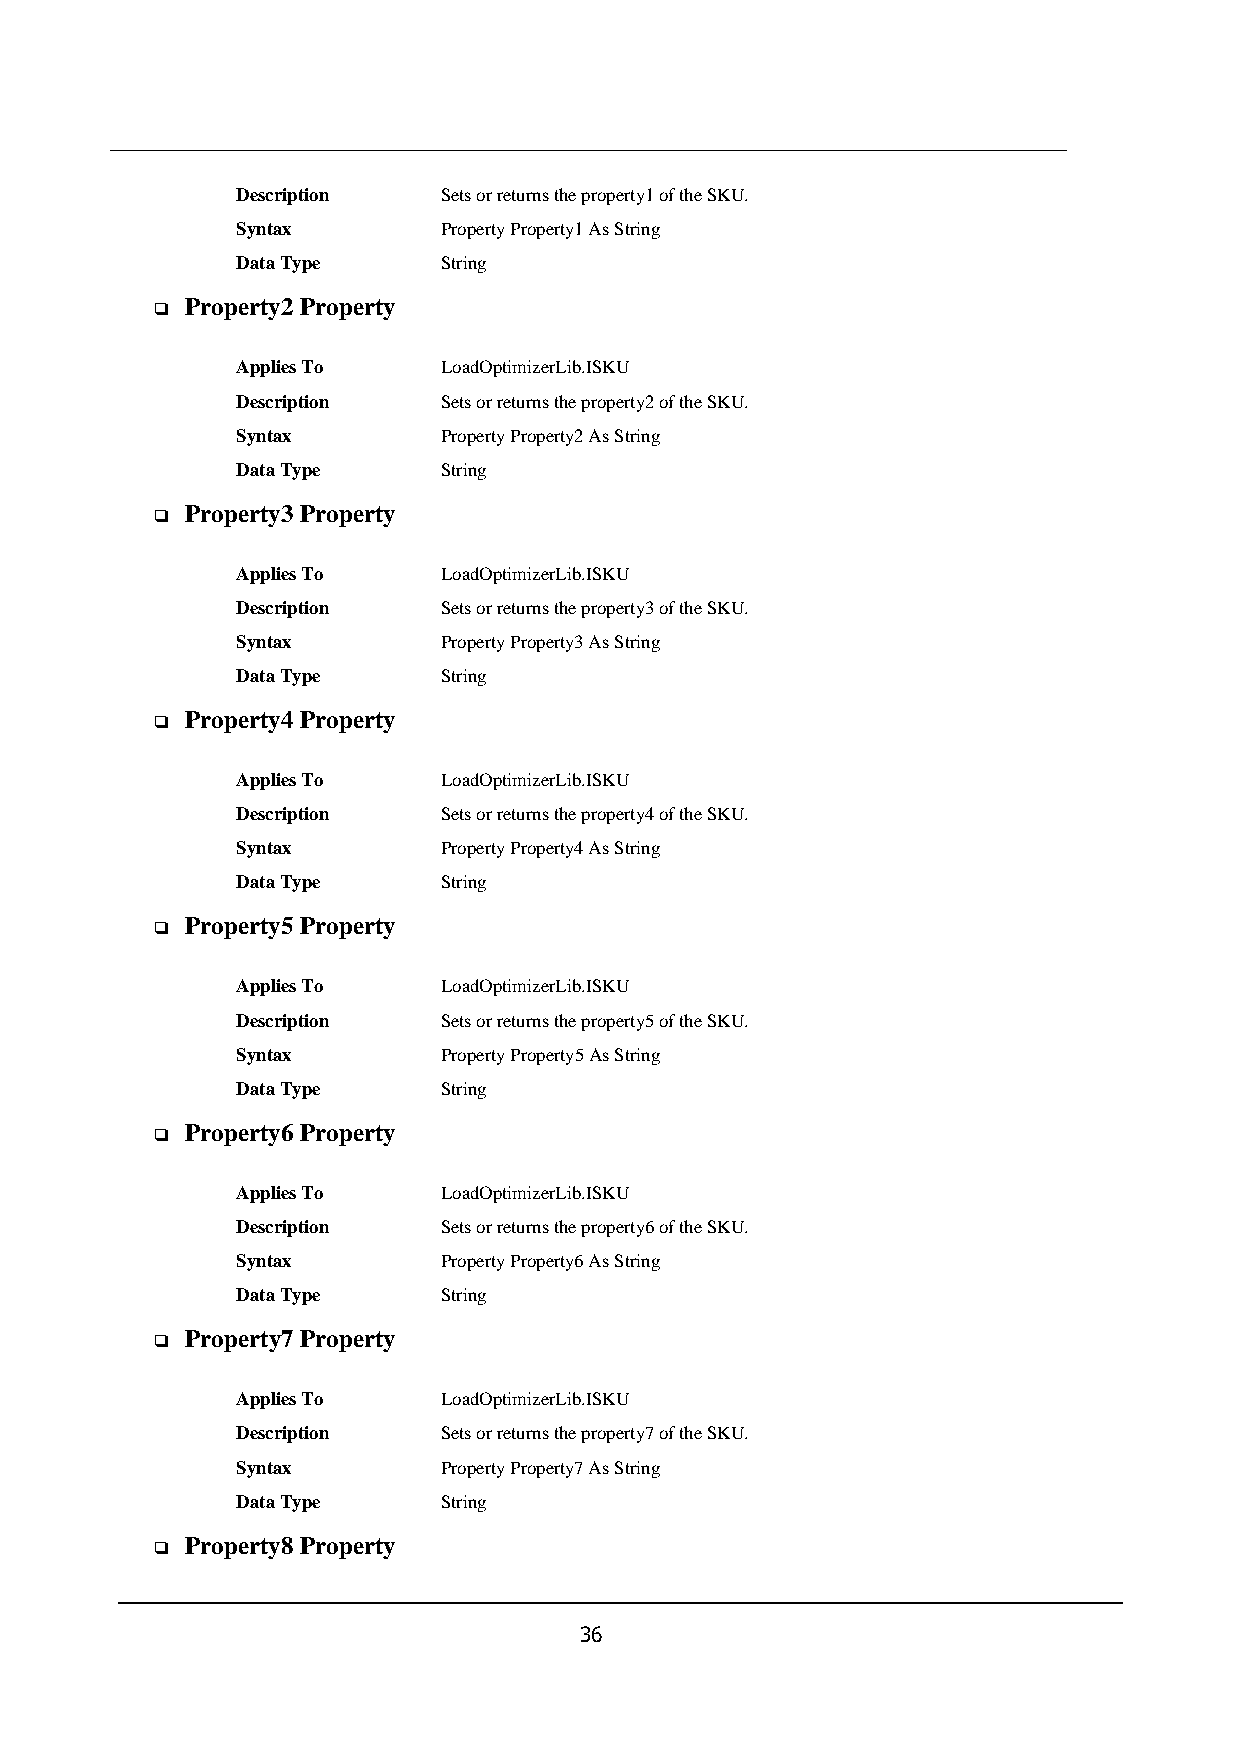
Description  Sets or returns the property1 of the SKU.
 Syntax       Property Property1 As String
 Data Type    String
 Property2 Property
 ❑
 Applies To   LoadOptimizerLib.ISKU
 Description  Sets or returns the property2 of the SKU.
 Syntax       Property Property2 As String
 Data Type    String
 Property3 Property
 ❑
 Applies To   LoadOptimizerLib.ISKU
 Description  Sets or returns the property3 of the SKU.
 Syntax       Property Property3 As String
 Data Type    String
 Property4 Property
 ❑
 Applies To   LoadOptimizerLib.ISKU
 Description  Sets or returns the property4 of the SKU.
 Syntax       Property Property4 As String
 Data Type    String
 Property5 Property
 ❑
 Applies To   LoadOptimizerLib.ISKU
 Description  Sets or returns the property5 of the SKU.
 Syntax       Property Property5 As String
 Data Type    String
 Property6 Property
 ❑
 Applies To   LoadOptimizerLib.ISKU
 Description  Sets or returns the property6 of the SKU.
 Syntax       Property Property6 As String
 Data Type    String
 Property7 Property
 ❑
 Applies To   LoadOptimizerLib.ISKU
 Description  Sets or returns the property7 of the SKU.
 Syntax       Property Property7 As String
 Data Type    String
 Property8 Property
 ❑
 36